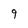
Character: 9